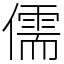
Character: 儒